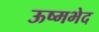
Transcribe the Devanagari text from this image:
ऊष्मभेद